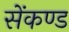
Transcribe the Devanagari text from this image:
सेंकण्ड